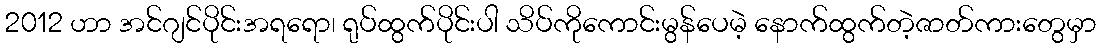
2012 ဟာ အင်ဂျင်ပိုင်းအရရော၊ ရုပ်ထွက်ပိုင်းပါ သိပ်ကိုကောင်းမွန်ပေမဲ့ နောက်ထွက်တဲ့ဇာတ်ကားတွေမှာ